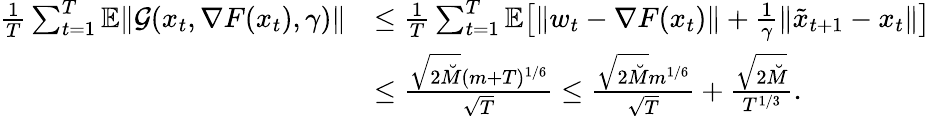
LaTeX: \begin{array}{rl}{\frac{1}{T}\sum_{t=1}^{T}\mathbb{E}\| \mathcal{G}(x_{t},\nabla F(x_{t}),\gamma)\| }&{\leq\frac{1}{T}\sum_{t=1}^{T}\mathbb{E}\big[\| w_{t}-\nabla F(x_{t})\| +\frac{1}{\gamma}\| \tilde{x}_{t+1}-x_{t}\| \big]}\\ &{\leq\frac{\sqrt{2\breve{M}}(m+T)^{1/6}}{\sqrt{T}}\leq\frac{\sqrt{2\breve{M}}m^{1/6}}{\sqrt{T}}+\frac{\sqrt{2\breve{M}}}{T^{1/3}}.}\end{array}